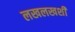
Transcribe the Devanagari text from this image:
लखलखशी